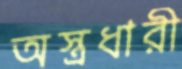
অস্ত্রধারী